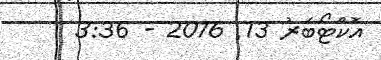
އޮކްޓޯބަރު 13